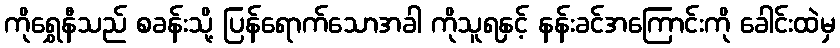
ကိုရွှေနီသည် စခန်းသို့ ပြန်ရောက်သောအခါ ကိုသူရနှင့် နန်းခင်အကြောင်းကို ခေါင်းထဲမှ